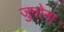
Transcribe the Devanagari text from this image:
जुनोना